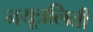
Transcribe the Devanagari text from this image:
नयूत्रलिती